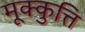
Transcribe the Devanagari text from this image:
मूक्कुत्ति